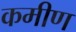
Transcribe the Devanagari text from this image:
कमीण